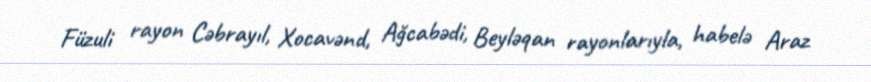
Füzuli rayon Cəbrayıl, Xocavənd, Ağcabədi, Beyləqan rayonlarıyla, habelə Araz